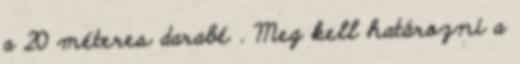
a 20 méteres darabé . Meg kell határozni a